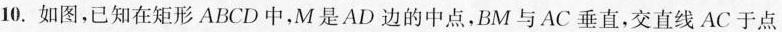
10.如图，已知在矩形ABCD中，M是AD边的中点，BM与AC垂直，交直线AC于点